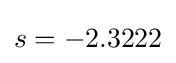
s=-2.3222